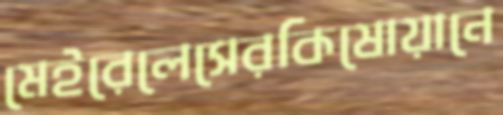
মেইরেলেসেরকিষোয়ানে